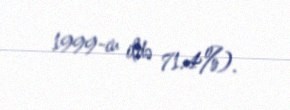
1999-cu ildə 71.4%).